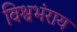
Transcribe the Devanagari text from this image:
विश्वभंराय